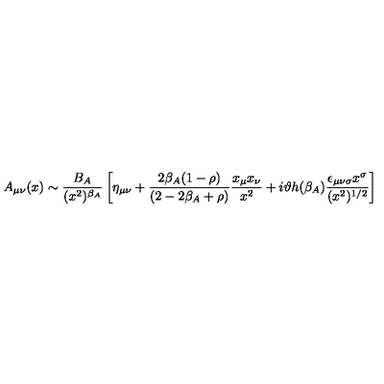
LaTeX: A _ { \mu \nu } ( x ) \sim \frac { B _ { A } } { ( x ^ { 2 } ) ^ { \beta _ { A } } } \left[ \eta _ { \mu \nu } + \frac { 2 \beta _ { A } ( 1 - \rho ) } { ( 2 - 2 \beta _ { A } + \rho ) } \frac { x _ { \mu } x _ { \nu } } { x ^ { 2 } } + i \vartheta h ( \beta _ { A } ) \frac { \epsilon _ { \mu \nu \sigma } x ^ { \sigma } } { ( x ^ { 2 } ) ^ { 1 / 2 } } \right]